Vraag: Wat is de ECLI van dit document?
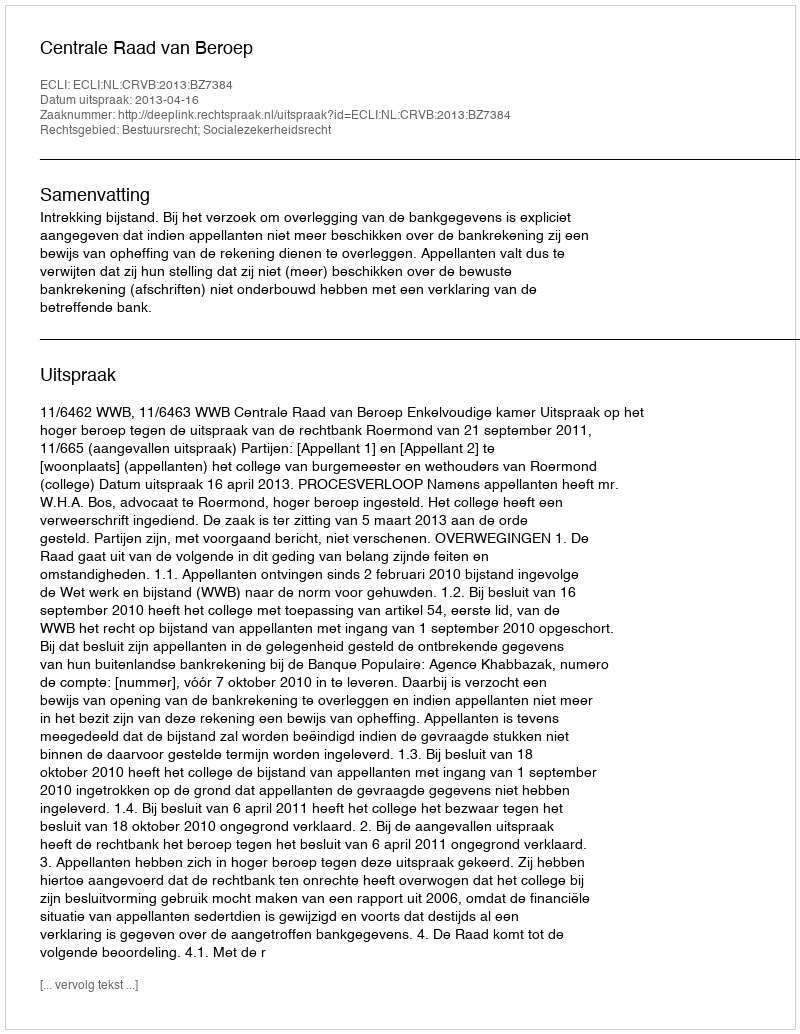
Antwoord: ECLI:NL:CRVB:2013:BZ7384